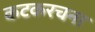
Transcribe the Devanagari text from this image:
कटकरचना